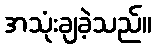
အသုံးချခဲ့သည်။